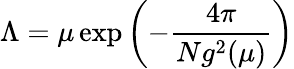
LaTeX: \Lambda=\mu\exp\left(-\frac{4\pi}{Ng^{2}(\mu)}\right)